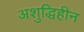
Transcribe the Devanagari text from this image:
अशुद्धिहीन